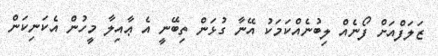
ޒަލަފްއަށް ފޯނެއް ލިބުނެއްކަމަކު އޭނާ ގުޅަން ތިބޭނީ އެ ޢާއިލާ މީހުން އެކަނިކަން